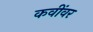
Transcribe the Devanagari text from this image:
कवींवर